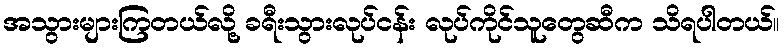
အသွားများကြတယ်လို့ ခရီးသွားလုပ်ငန်း လုပ်ကိုင်သူတွေဆီက သိရပါတယ်။